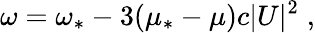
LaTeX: \omega=\omega_{*}-3(\mu_{*}-\mu)c|U|^{2}\; ,